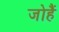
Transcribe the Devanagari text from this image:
जोहैं